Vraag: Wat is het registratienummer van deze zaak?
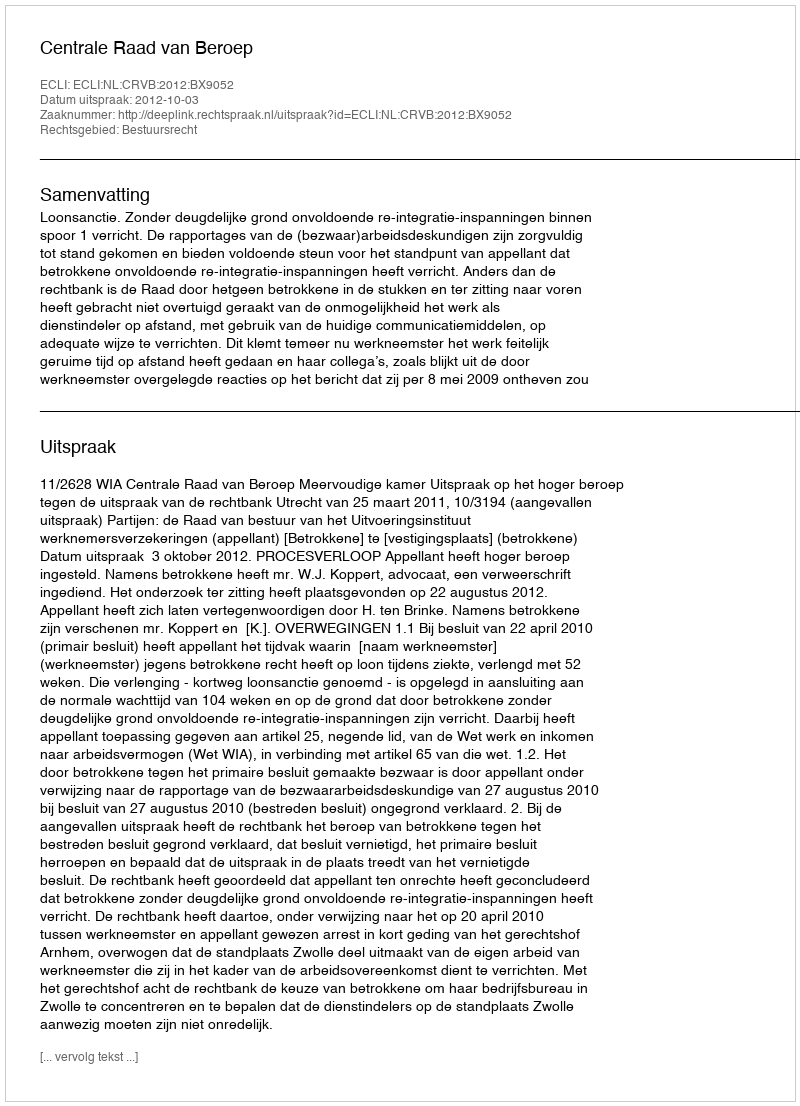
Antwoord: http://deeplink.rechtspraak.nl/uitspraak?id=ECLI:NL:CRVB:2012:BX9052